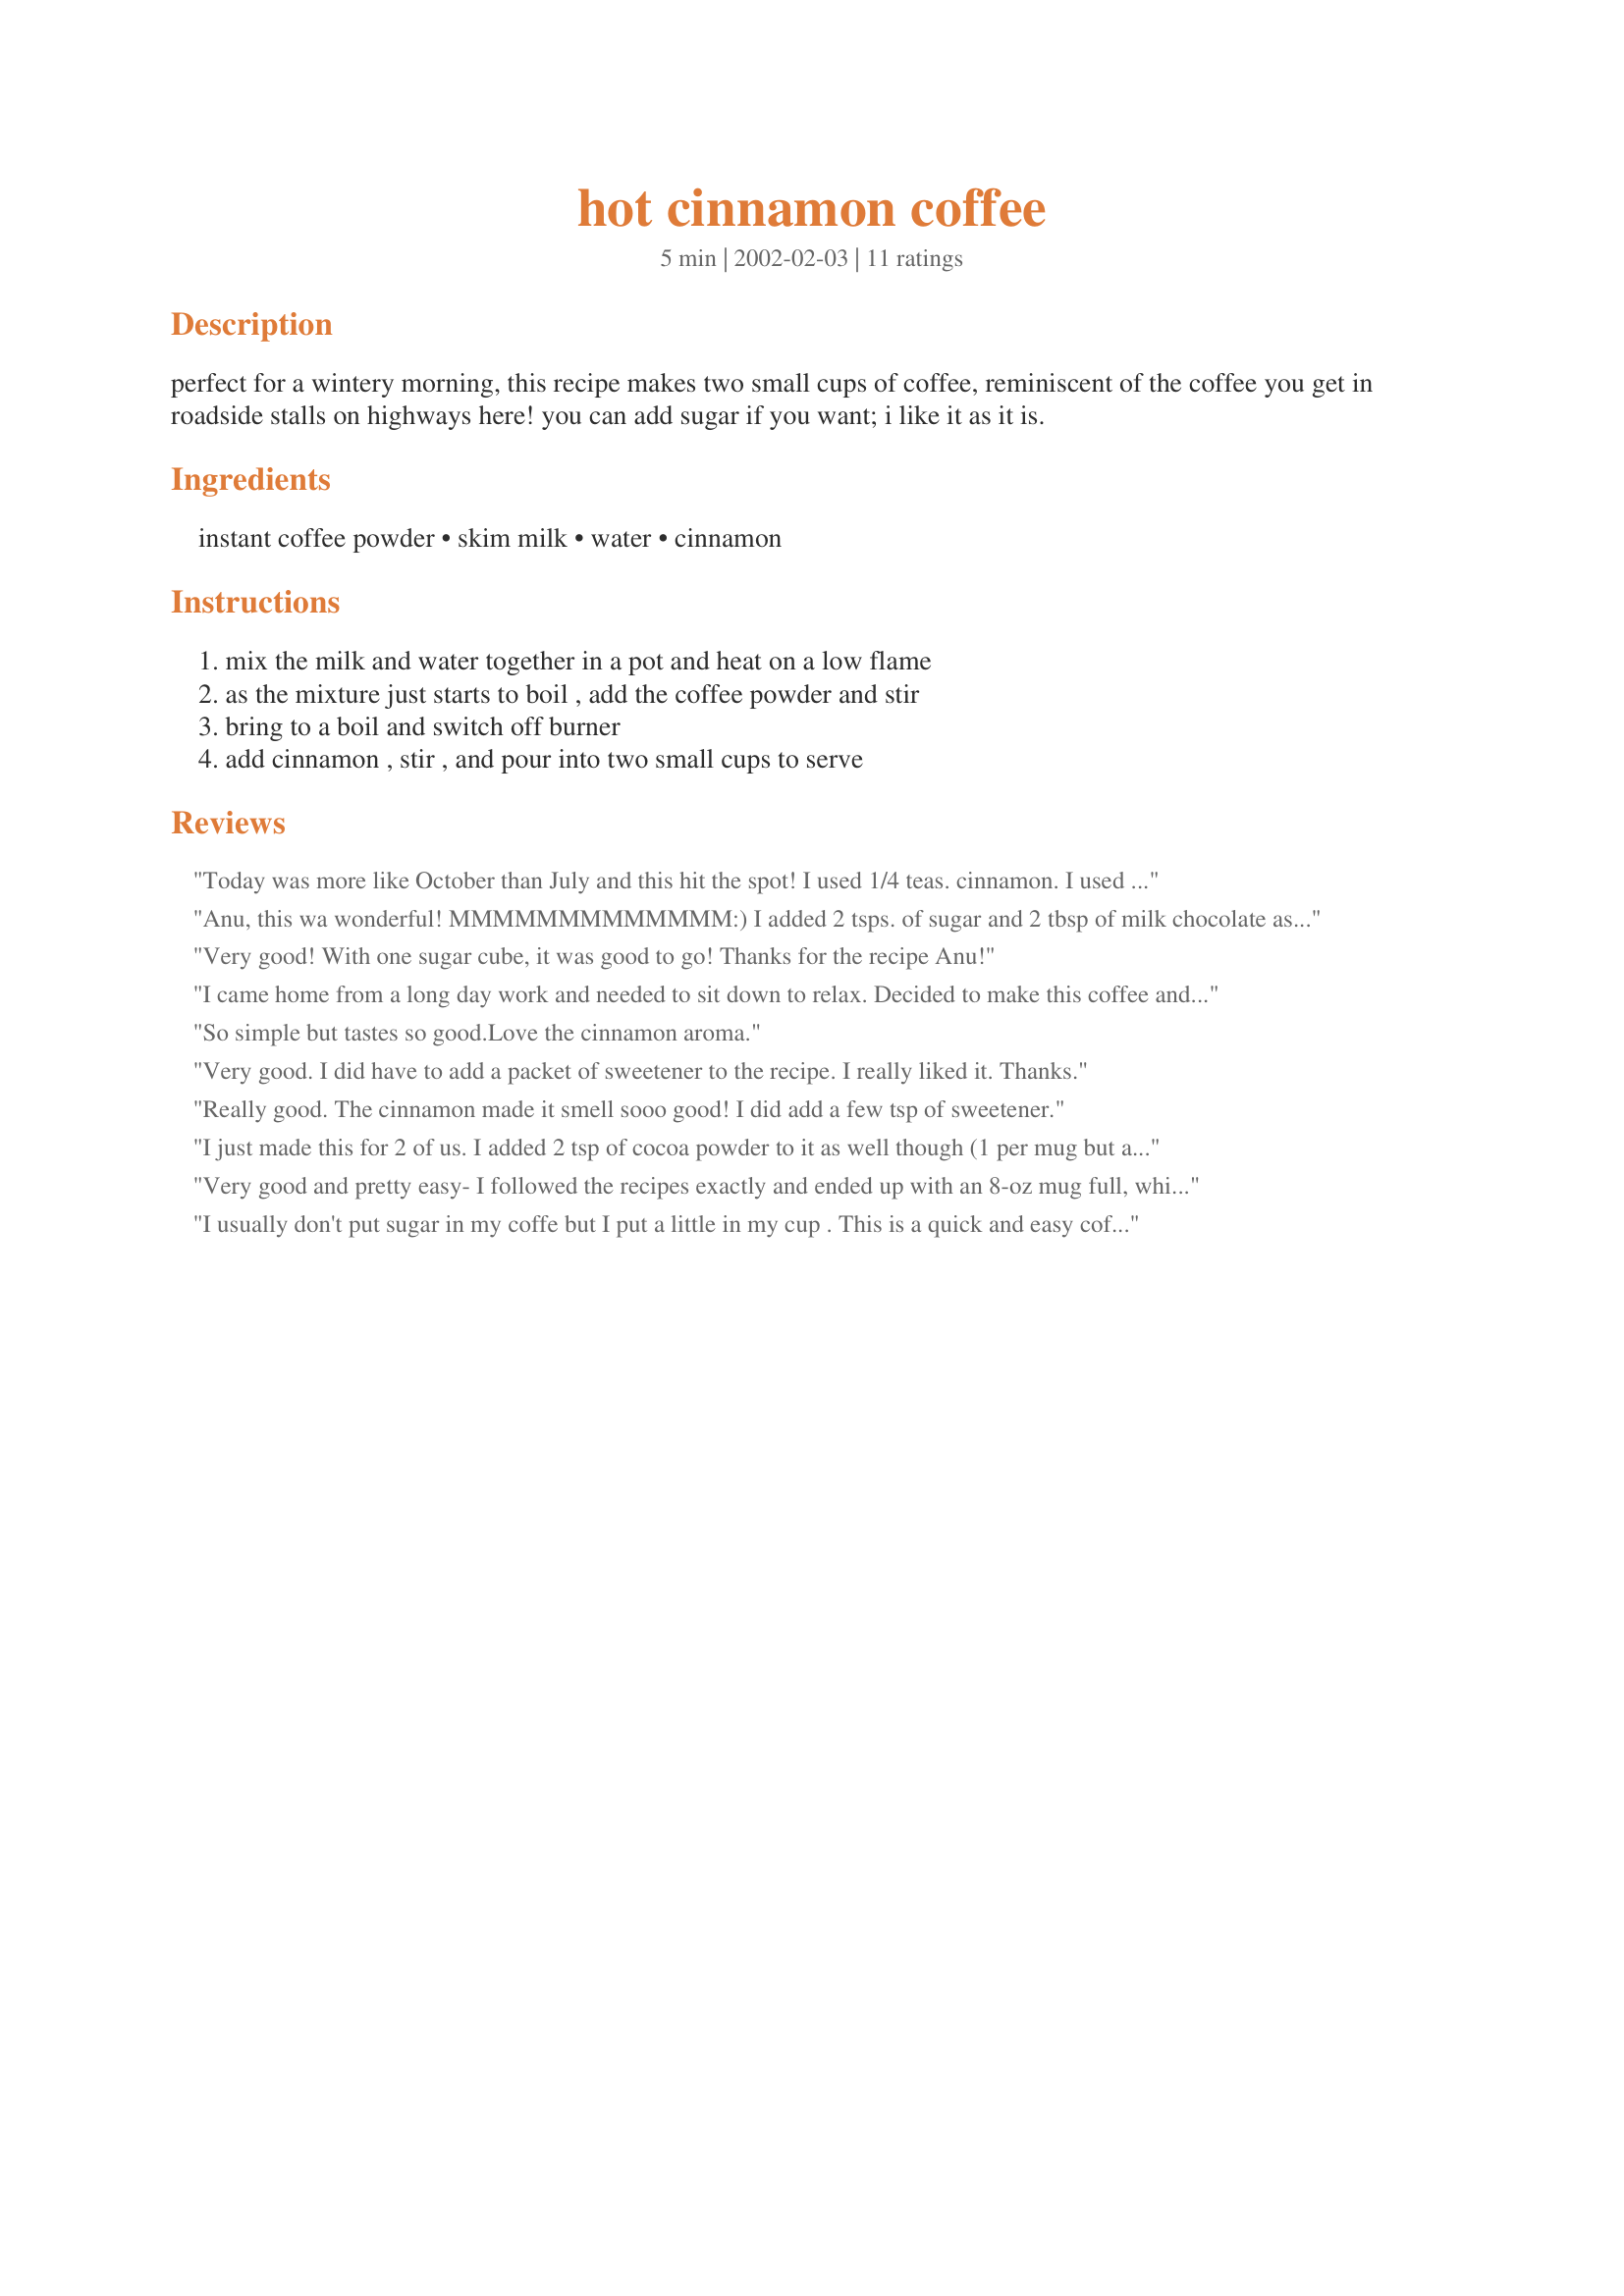
hot cinnamon coffee
Preparation time: 5 minutes

perfect for a wintery morning, this recipe makes two small cups of coffee, reminiscent of the coffee you get in roadside stalls on highways here! you can add sugar if you want; i like it as it is.

Ingredients:
instant coffee powder, skim milk, water, cinnamon

Steps:
mix the milk and water together in a pot and heat on a low flame, as the mixture just starts to boil , add the coffee powder and stir, bring to a boil and switch off burner, add cinnamon , stir , and pour into two small cups to serve

Reviews:
Today was more like October than July and this hit the spot! I used 1/4 teas. cinnamon. I used a microwave milk frother to heat the milk and water, and after pouring into the cup (I used 1 large mug) I frothed some of the milk to top it with. I added a little Splenda to sweeten. Made for Comfort Cafe Summer 2009.
Anu, this wa wonderful! MMMMMMMMMMMMM:)

I added 2 tsps. of sugar and 2 tbsp of milk chocolate as well and I think I was in heaven! :)

Thank you!
Very good! With one sugar cube, it was good to go!
Thanks for the recipe Anu!
I came home from a long day work and needed to sit down to relax. Decided to make this coffee and watch a movie with my children. This was very good and easy to make. Next time, I think I will just sprinkle cinnamon into my coffee grounds when I make a whole pot of coffee. Thakns for a posting.
So simple but tastes so good.Love the cinnamon aroma.
Very good. I did have to add a packet of sweetener to the recipe. I really liked it. Thanks.
Really good. The cinnamon made it smell sooo good! I did add a few tsp of sweetener.
I just made this for 2 of us. I added 2 tsp of cocoa powder to it as well though (1 per mug but added to the pan not the mugs) and 1.5tsp of sugar per mug which brings out the cocoa flavour a lot more than without it. It is delicious!!!
Very good and pretty easy- I followed the recipes exactly and ended up with an 8-oz mug full, which is fine by me because coffee makes my BF nauseous. I think that a lot of people might want to add a smidge of sugar to this (at least those who aren't usually black coffee drinkers)- I usually drink my coffee just with milk but the cinnamon added a little extra bitterness that I felt really needed to be offseted by some sweetness. But it tastes surprisingly gourmet, so move over St*rbucks! I just wish I had some whipped cream to top it off with. I did make this on the stove top, but I'm sure you could make it just as easily in the microwave. Thanks for posting! :-)
I usually don't put sugar in my coffe but I put a little in my cup . This is a quick and easy coffee to make.

Thanks Anu.

Bullwinkle
Yes easy but I just didn`t enjoy it like I would enjoy a pot of brewed coffee.
